画像に写った文字を読んでください
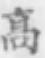
「髙」と書いてあります